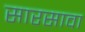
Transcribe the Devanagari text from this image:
सारसावा